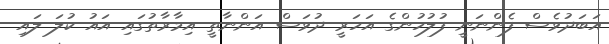
އަބަދުވެސް ފެންނަނީ ފުލުހުންގެ އަހަރީ ދުވަސް އަންނާތީ އިމާރާތުގައި އައު ކުލަ ލައި